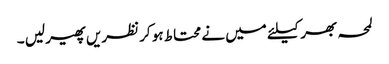
لمحہ بھر کیلئے میں نے محتاط ہو کر نظریں پھیر لیں ۔